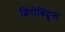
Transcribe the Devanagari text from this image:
शिरोबिंदूंना